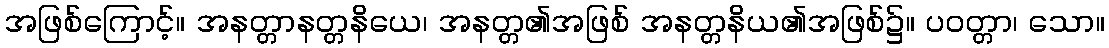
အဖြစ်ကြောင့်။ အနတ္တာနတ္တနိယေ၊ အနတ္တ၏အဖြစ် အနတ္တနိယ၏အဖြစ်၌။ ပဝတ္တာ၊ သော။